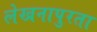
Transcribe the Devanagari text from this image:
लेखनापुरता